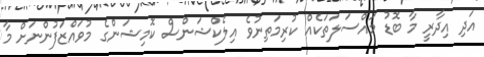
އަދި އިދާރީ މާ ބޮޑު މައްސަލަތަކެއް ކުރިމަތިނުވެ އިލެކްޝަންސް ކޮމިޝަންގެ މުވައްޒަފުންނަށް މާ